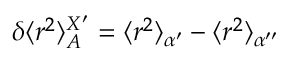
\delta \langle r ^ { 2 } \rangle _ { A } ^ { X ^ { \prime } } = \langle r ^ { 2 } \rangle _ { \alpha ^ { \prime } } - \langle r ^ { 2 } \rangle _ { \alpha ^ { \prime \prime } }